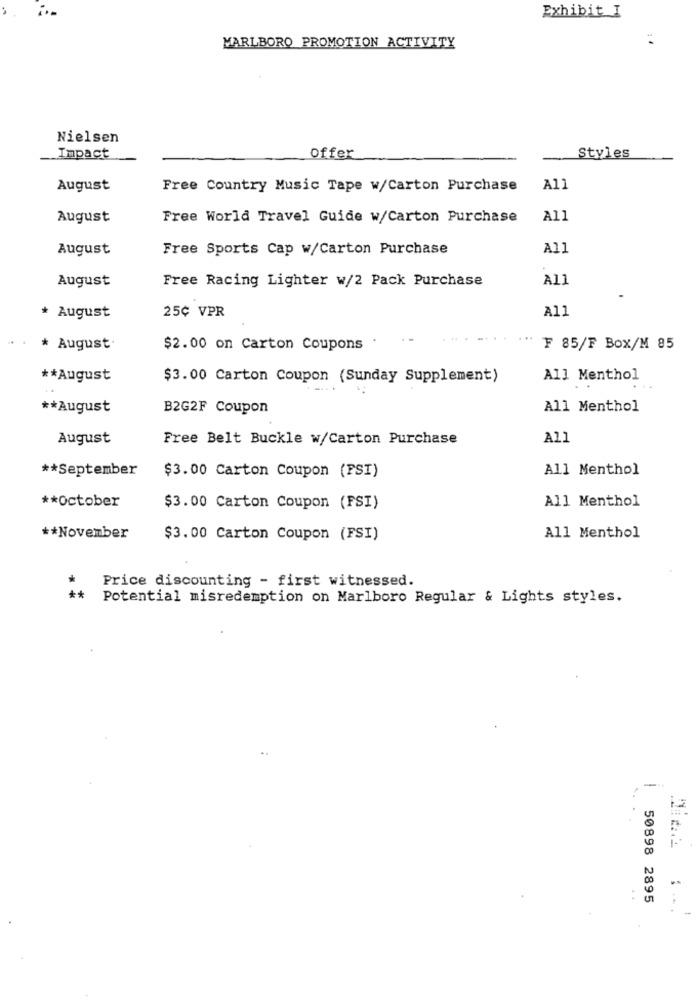
Exhibit I
MARLBORO PROMOTION ACTIVITY
Nielsen
Impact
Offer
Styles
August
Free Country Music Tape w/Carton Purchase
All
August
Free World Travel Guide w/Carton Purchase
All
August
Free Sports Cap w/Carton Purchase
All
August
Free Racing Lighter w/2 Pack Purchase
All
25¢ VPR
A11
* August
* August.
$2.00 on Carton Coupons .
₮ 85/F BOX/M 85
** August
$3.00 Carton Coupon (Sunday Supplement)
All Menthol
** August
B2G2F Coupon
All Menthol
August
Free Belt Buckle w/Carton Purchase
All
** September
All Menthol
$3.00 Carton Coupon (FSI)
All Menthol
** October
$3.00 Carton Coupon (FSI)
** November
$3.00 Carton Coupon (FSI)
All Menthol
Price discounting - first witnessed.
**
Potential misredemption on Marlboro Regular & Lights styles.
50898 2895
-